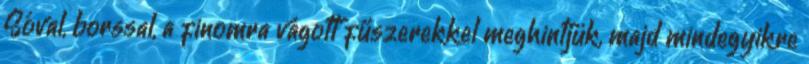
Sóval, borssal, a finomra vágott fűszerekkel meghintjük, majd mindegyikre